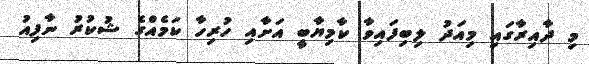
މި ދާއިރާގައި މިއަދު ލިބިފައިވާ ކާމިޔާބީ އަށާއި ހުރިހާ ކަމެއްގެ ޝުކުރު ނާފިއު